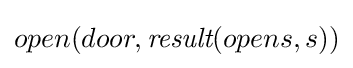
open(door,{\textit {result}}(opens,s))